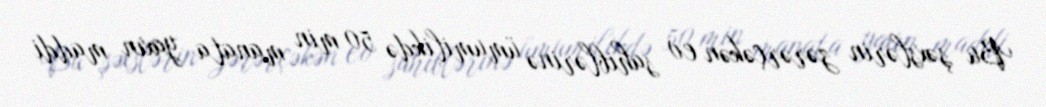
Bu şəxslərin zərərçəkən ev sahiblərinə ümumilikdə 50 min manata yaxın maddi